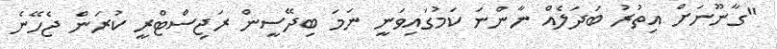
"ގާނޫނަށް އިތުރު ބަދަލެއް ނާންނަ ކަމުގައިވަނީ ނަމަ ބިދޭސީން ރަޖިސްޓްރީ ކުރަން ޖެހޭނެ